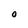
Character: O